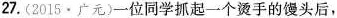
27.(2015 · 广元)一位同学抓起一个烫手的馒头后，